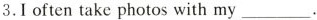
3.I often take photos with my___.